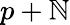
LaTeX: p+\mathbb{N}